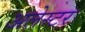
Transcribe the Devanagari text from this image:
अलेस्टर